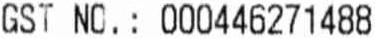
GST NO.: 000446271488